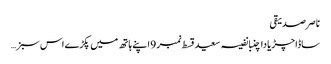
ناصر صدیقی
ساڈا چڑیا دا چنبا نفیسہ سعید قسط نمبر 9 اپنے ہاتھ میں پکڑے اس سبز …